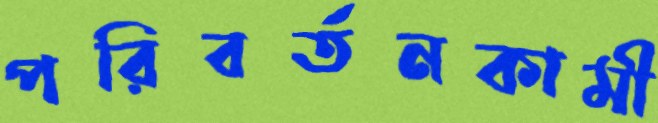
পরিবর্তনকামী